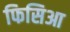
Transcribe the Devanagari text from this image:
फिसिआ